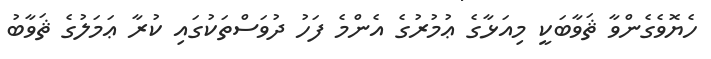
ހެޔޮވެގެންވާ ޘަވާބަކީ މިއަޅާގެ ޢުމުރުގެ އެންމެ ފަހު ދުވަސްތަކުގައި ކުރާ ޢަމަލުގެ ޘަވާބު